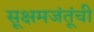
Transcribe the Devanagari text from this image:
सूक्षमजंतूंची